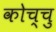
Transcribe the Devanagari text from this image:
कोच्चु